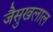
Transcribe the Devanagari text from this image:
जैसुखलाल